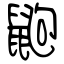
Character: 鼩